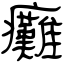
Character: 癱